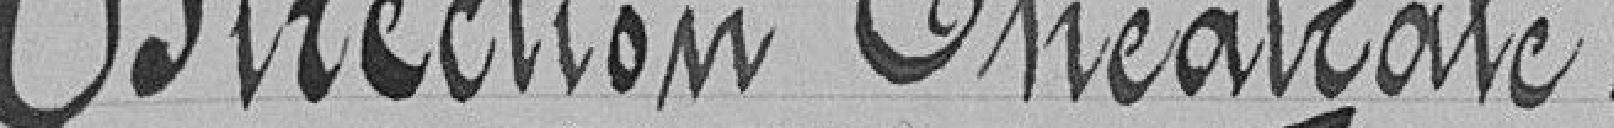
Direction théâtrale.